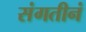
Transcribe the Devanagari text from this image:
संगतीनं